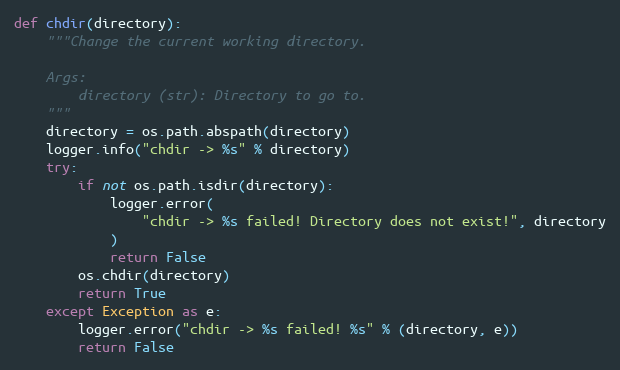
Language: Python
def chdir(directory):
    """Change the current working directory.

    Args:
        directory (str): Directory to go to.
    """
    directory = os.path.abspath(directory)
    logger.info("chdir -> %s" % directory)
    try:
        if not os.path.isdir(directory):
            logger.error(
                "chdir -> %s failed! Directory does not exist!", directory
            )
            return False
        os.chdir(directory)
        return True
    except Exception as e:
        logger.error("chdir -> %s failed! %s" % (directory, e))
        return False